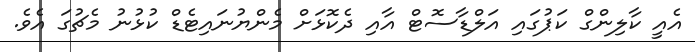
އެއީ ކާލިންގް ކަޕުގައި އަލްޑާސޮޓް އާއި ދެކޮޅަށް މެންޔުނައިޓެޑް ކުޅުނު މެޗުގަ އެވެ.